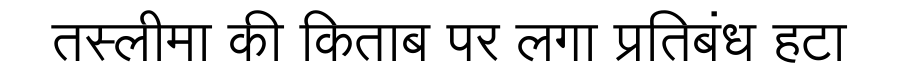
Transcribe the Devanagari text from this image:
तस्लीमा की किताब पर लगा प्रतिबंध हटा